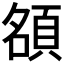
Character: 𬱃